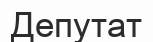
Депутат